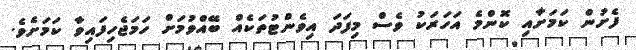
ފެށުން ކަމަށާއި ކޮންމެ އަހަރަކު ވެސް މިފަދަ އިވެންޓުތަކެއް ބޭއްވުމަށް ހަމަޖެހިފައިވާ ކަމަށެވެ.